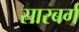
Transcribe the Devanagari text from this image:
सारबर्ग